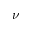
\nu